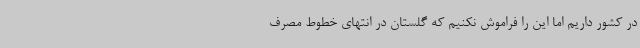
در کشور داریم اما این را فراموش نکنیم که گلستان در انتهای خطوط مصرف